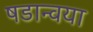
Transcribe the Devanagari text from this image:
षडान्वया